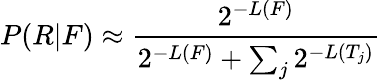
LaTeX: P(R|F)\approx{\frac{2^{-L(F)}}{2^{-L(F)}+\sum_{j}{2^{-L(T_{j})}}}}